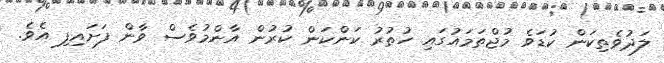
ލަދުވެތިކަން ކުޑަވެ މުޖްތަމައުގައި ހުތުރު ކަންކަން ކުރުން އާންމުވެސް ވާން ފަށައިފި އެވެ.